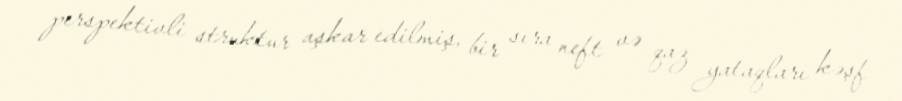
perspektivli struktur aşkar edilmiş, bir sıra neft və qaz yataqları kəşf